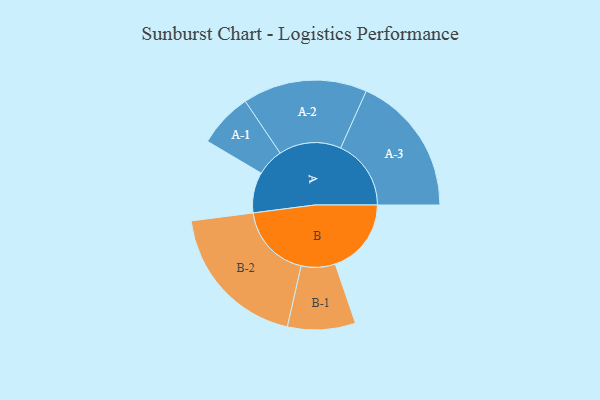
{"axis": {"x": "Segment", "y": "Value"}, "legend": ["", "A", "B"], "data": [{"x": "A", "y": 158, "type": ""}, {"x": "B", "y": 296, "type": ""}, {"x": "A-1", "y": 106, "type": "A"}, {"x": "A-2", "y": 242, "type": "A"}, {"x": "A-3", "y": 274, "type": "A"}, {"x": "B-1", "y": 132, "type": "B"}, {"x": "B-2", "y": 291, "type": "B"}]}